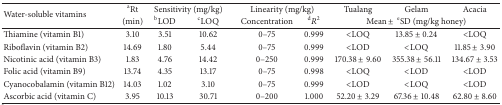
| <ROWSPAN=2> Water-soluble vitamins | aRt | <COLSPAN=2> Sensitivity (mg/kg) | <COLSPAN=2> Linearity (mg/kg) | Tualang | Gelam | Acacia |
 | (min) | bLOD | cLOQ | Concentration | dR2 | <COLSPAN=3> Mean ±eSD (mg/kg honey) |
 | --- | --- | --- | --- | --- | --- | --- | --- | --- |
 | Thiamine (vitamin B1) | 3.10 | 3.51 | 10.62 | 0–75 | 0.999 | <LOQ | 13.85 ± 0.24 | <LOQ |
 | Riboflavin (vitamin B2) | 14.69 | 1.80 | 5.44 | 0–75 | 0.999 | <LOD | <LOQ | 11.85 ± 3.90 |
 | Nicotinic acid (vitamin B3) | 1.83 | 4.76 | 14.42 | 0–250 | 0.999 | 170.38 ± 9.60 | 355.38 ± 56.11 | 134.67 ± 3.53 |
 | Folic acid (vitamin B9) | 13.74 | 4.35 | 13.17 | 0–75 | 0.998 | <LOQ | <LOD | <LOD |
 | Cyanocobalamin (vitamin B12) | 14.03 | 1.02 | 3.10 | 0–75 | 0.999 | <LOD | <LOQ | <LOD |
 | Ascorbic acid (vitamin C) | 3.95 | 10.13 | 30.71 | 0–200 | 1.000 | 52.20 ± 3.29 | 67.36 ± 10.48 | 62.80 ± 8.60 |